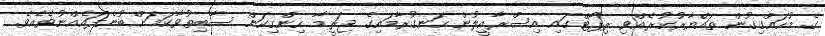
ގެ މުހައްގިގުން ތައްޔާރުކުރެއްވި ރިޕޯޓްގައި އިސްރާއީލުން ހަނގުރާމައިގެ ޖަރީމާ ހިންގިކަން ސާބިތުވާކަމަށް ބުނެފައެއްނުވެއެވެ.